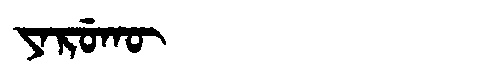
Manchu: ᠶᠠᡵᡠᡴᡡ
Romanization: YARUKŪ